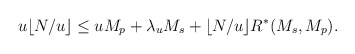
\begin{align*}\begin{aligned}u \lfloor N/u \rfloor &\leq uM_p + \lambda_uM_s + \lfloor N/u \rfloor R^{*}(M_s,M_p).\end{aligned}\end{align*}